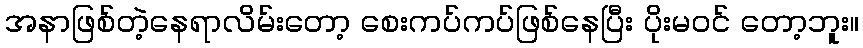
အနာဖြစ်တဲ့နေရာလိမ်းတော့ စေးကပ်ကပ်ဖြစ်နေပြီး ပိုးမဝင် တော့ဘူး။